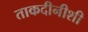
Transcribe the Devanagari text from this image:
ताकदीनीशी